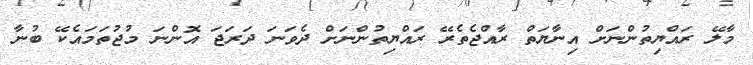
މާލޭ ރައްޔިތުންނަށް އިނާޔަތް ރާއްޖެތެރޭ ރައްޔިތުންނަށް ދެވަނަ ދަރަޖަ އޮންނަ މުޖުތަމައެކޭ ބުނާ